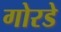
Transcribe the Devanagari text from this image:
गोरडे